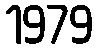
1979